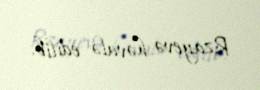
Rzayevə həvalə edilib.